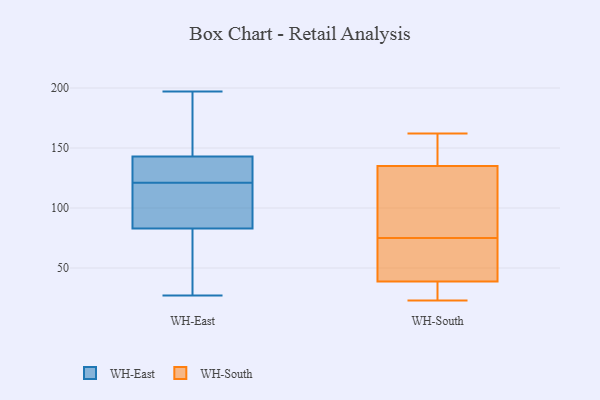
{"axis": {"x": "Production Output", "y": "Value"}, "legend": ["WH-East", "WH-South"], "data": [{"x": "", "y": 140, "type": "WH-East"}, {"x": "", "y": 122, "type": "WH-East"}, {"x": "", "y": 197, "type": "WH-East"}, {"x": "", "y": 47, "type": "WH-East"}, {"x": "", "y": 34, "type": "WH-East"}, {"x": "", "y": 72, "type": "WH-East"}, {"x": "", "y": 121, "type": "WH-East"}, {"x": "", "y": 184, "type": "WH-East"}, {"x": "", "y": 184, "type": "WH-East"}, {"x": "", "y": 83, "type": "WH-East"}, {"x": "", "y": 121, "type": "WH-East"}, {"x": "", "y": 27, "type": "WH-East"}, {"x": "", "y": 87, "type": "WH-East"}, {"x": "", "y": 158, "type": "WH-East"}, {"x": "", "y": 103, "type": "WH-East"}, {"x": "", "y": 119, "type": "WH-East"}, {"x": "", "y": 133, "type": "WH-East"}, {"x": "", "y": 143, "type": "WH-East"}, {"x": "", "y": 43, "type": "WH-South"}, {"x": "", "y": 150, "type": "WH-South"}, {"x": "", "y": 26, "type": "WH-South"}, {"x": "", "y": 118, "type": "WH-South"}, {"x": "", "y": 111, "type": "WH-South"}, {"x": "", "y": 26, "type": "WH-South"}, {"x": "", "y": 64, "type": "WH-South"}, {"x": "", "y": 162, "type": "WH-South"}, {"x": "", "y": 130, "type": "WH-South"}, {"x": "", "y": 23, "type": "WH-South"}, {"x": "", "y": 75, "type": "WH-South"}, {"x": "", "y": 151, "type": "WH-South"}, {"x": "", "y": 68, "type": "WH-South"}]}